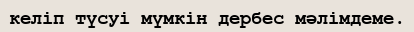
келіп түсуі мүмкін дербес мәлімдеме.